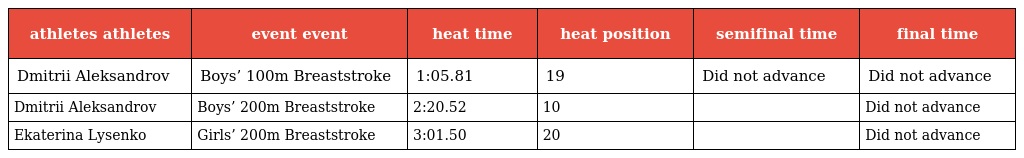
| athletes athletes | event event | heat time | heat position | semifinal time | final time |
 | --- | --- | --- | --- | --- | --- |
 | Dmitrii Aleksandrov | Boys’ 100m Breaststroke | 1:05.81 | 19 | Did not advance | Did not advance |
 | Dmitrii Aleksandrov | Boys’ 200m Breaststroke | 2:20.52 | 10 |  | Did not advance |
 | Ekaterina Lysenko | Girls’ 200m Breaststroke | 3:01.50 | 20 |  | Did not advance |